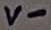
Text: V-